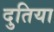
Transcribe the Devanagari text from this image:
दुतिया